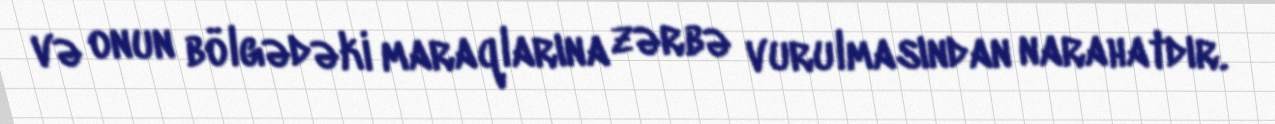
və onun bölgədəki maraqlarına zərbə vurulmasından narahatdır.